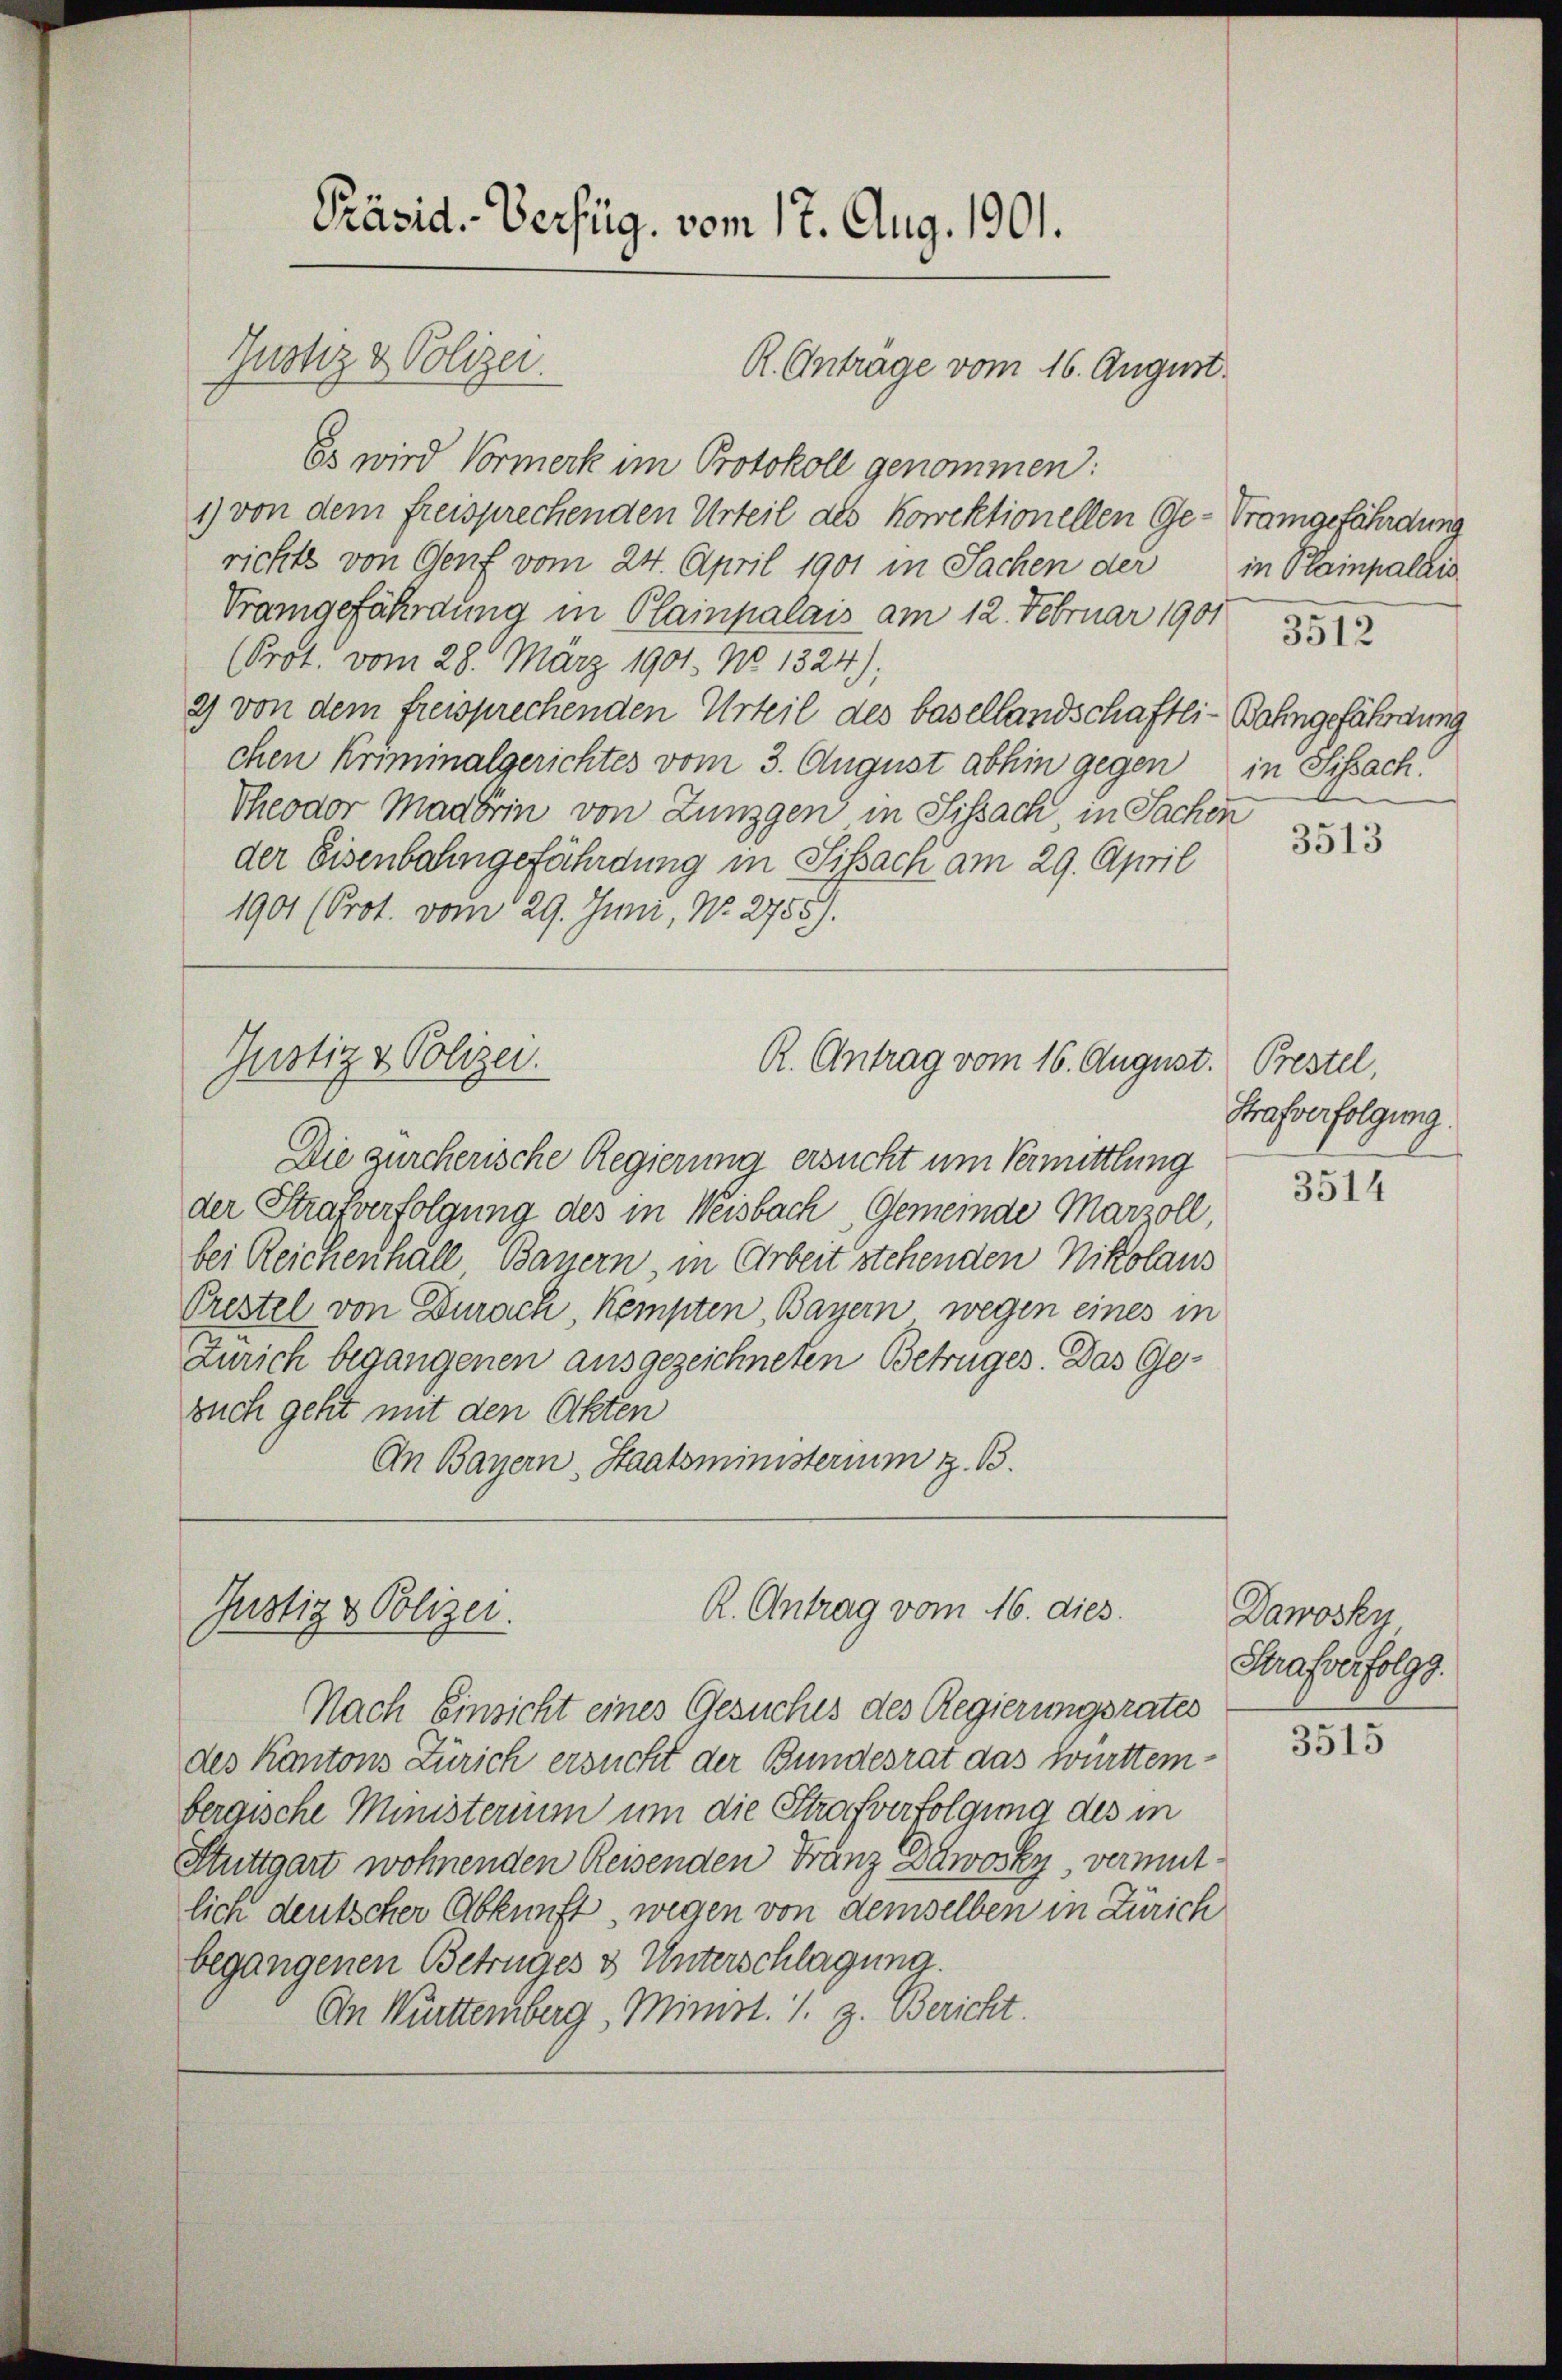
Es wird Vormerk im Protokoll genommen:
1) von dem freisprechenden Urteil als Korrektionellen Ge- Prangefährdung
richts von Genf vom 24. April 1901 in Sachen der in Plainpalais
Trangefährdung in Plainpalais am 12. Februar 1901
(Prot. vom 28. März 1901. No 1324);
2) von dem freisprechenden Urteil des basellandschaftli-Bahngefährdung
chen Kriminalgerichtes vom 3. August abhin gegen in Sissach
Theodor Madörin von Lungen in Sissach in Sachen
der Eisenbahngefährdung in Sissach am 29. April
1901 (Prot. vom 29. Juni, N. 2755).

Präsid. Verfüg, vom 17. Aug. 1901.
Justiz & Polizei.
R. Anträge vom 16. August.

Gnotiz & Polizei.
R. Antrag vom 16. August.

Gustiz & Polizei.

R. Antrag vom 16. dies

3512

Die zürcherische Regierung ersucht um Vermittlung
der Strafverfolgung des in Weisbach, Gemeinde Marzoll,
bei Reichenhall Bayern in Arbeit stehenden Nikolaus
Prestel von Durach, Kempten, Bayern wegen eines in
Zürich begangenen ausgezeichneten Betruges. Das Ge-
such geht mit den Akten
An Bayern, Staatsministerium z. B.

Nach Einsicht eines Gesuches des Regierungsrates
des Kantons Zürich ersucht der Bundesrat das Württembergische Ministerium um die Strafverfolgung des in
Stuttgart wohnenden Reisenden Franz Dawosky, vermitlich deutscher Abkunft, wegen von demselben in Zürich
begangenen Betruges & Unterschlagung.
In Württemberg, Minist. S. z. Bericht.

3513

Bestel,
Strafverfolgung.

3514

Dawosky
Strafverfolgg.

3515